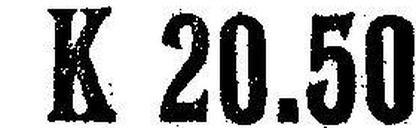
K 20.50